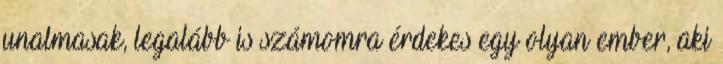
unalmasak, legalább is számomra érdekes egy olyan ember, aki